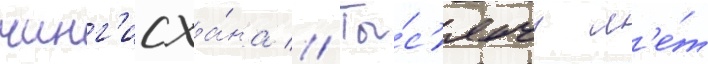
чинг'исха́на // Ты́с'ячу л'е́т